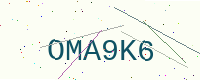
Text: OMA9K6